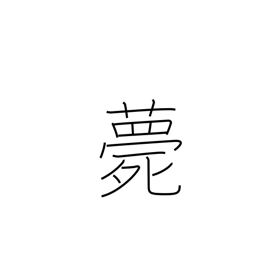
Meaning: die